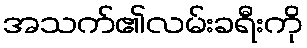
အသက်၏လမ်းခရီးကို